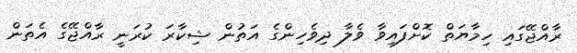
ރާއްޖޭގައި ހިމާޔަތް ކޮށްފައިވާ ވެލާ ދިވެހިންގެ އަތުން ޝިކާރަ ކުރަނީ ރާއްޖޭގެ އެތަން